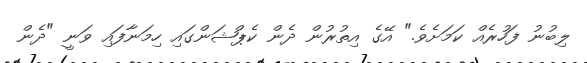
ލިބުނު ފަހުރެއް ކަމަށެވެ." އޭގެ އިތުރުން ދެން ކެޕްޝަންގައި ހިމަނާފައި ވަނީ "ދެން